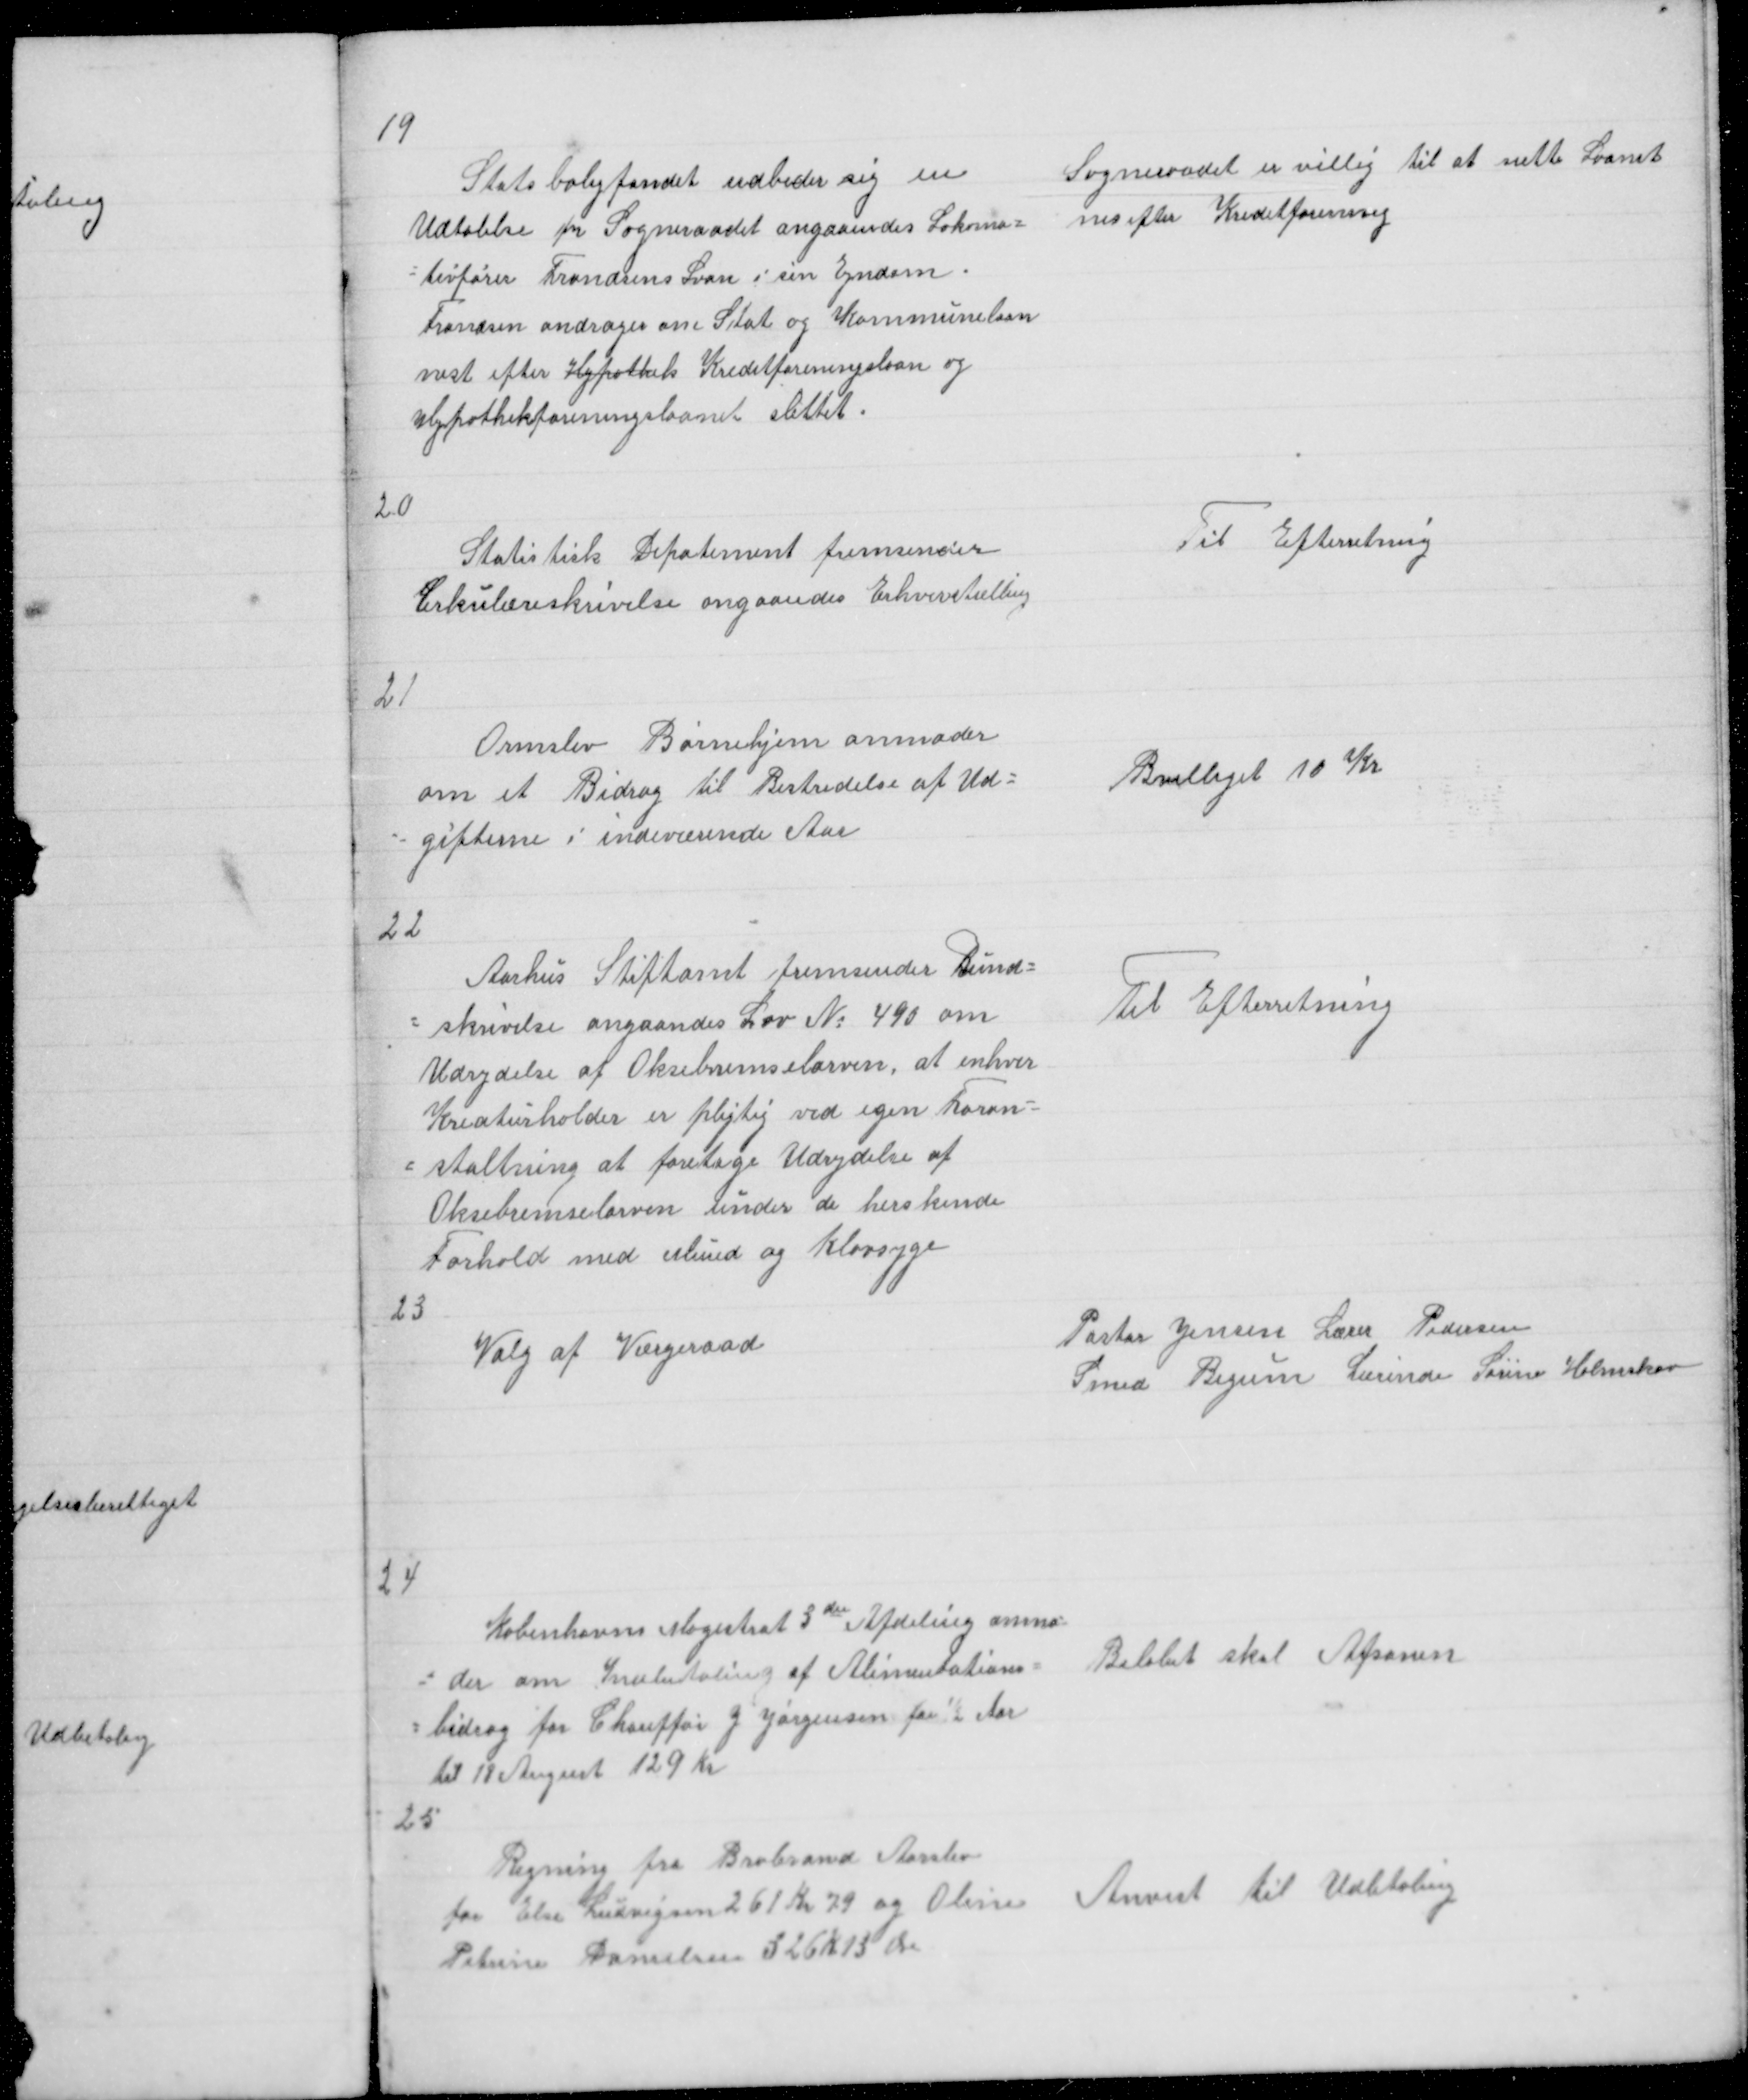
Transskription:
19

Sogneraadet er villig til at sætte Laanet
nes efter Kreditforennig

Statsboligfondet udbeder sig en
Udtalelse fra Sogneraadet angaaendes Lokomo =
= tivfører Frandsens Laan i sin Ejndom
Frandsen andrager om Stat og Kommunelaan
nest efter Hypotek Kreditforeningslaan og
Hypothekforeningslaanet slettet.

20

Til Efterretning

Statistisk Departement fremsender
Cirkulæreskrivelse angaaendes Erhvervstælling

21

Ormslev Børnehjem anmoder
om et Bidrag til Bestridelse af Ud =
= gifterne i indeværende Aar

Bevilliget 10 Kr

22
Aarhus Stiftamt fremsender Rund =
= skrivelse angaaendes Lov No 490 om
Udrydelse af Oksebremselarven, at enhver
Kreaturholder er pligtig ved egen Foran =
= staltning at foretage Udrydelse af
Oksebremselarven under de herskende
Forhold med Mund og Klovsyge
23

Til Efterretning

Pastor Jensen Lærer Pedersen
Smed Bigum Lærinde Sørine Holmskov

Valg af Værgeraad

24

Københavns Magistrat 3die Afdeling anmo =
= der om Indbetaling af Alimentations =
= bidrag for Chauffør J Jørgensen for ½ Aar
til 18 August 129 Kr
25

Beløbet skal Afsones

Regning fra Brabrand Aarslev
for Else Ludvigsen 261 Kr 79 og Oline
Petrine Danielsen 326 Kr 13 Øre

Anvist til Udbetaling